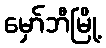
မှော်ဘီမြို့